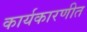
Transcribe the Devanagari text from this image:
कार्यकारणीत